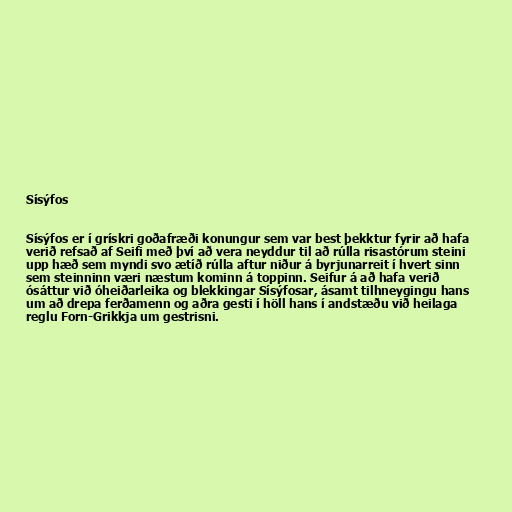
Sísýfos

Sísýfos er í grískri goðafræði konungur sem var best þekktur fyrir að hafa
verið refsað af Seifi með því að vera neyddur til að rúlla risastórum steini
upp hæð sem myndi svo ætíð rúlla aftur niður á byrjunarreit í hvert sinn
sem steinninn væri næstum kominn á toppinn. Seifur á að hafa verið
ósáttur við óheiðarleika og blekkingar Sísýfosar, ásamt tilhneygingu hans
um að drepa ferðamenn og aðra gesti í höll hans í andstæðu við heilaga
reglu Forn-Grikkja um gestrisni.